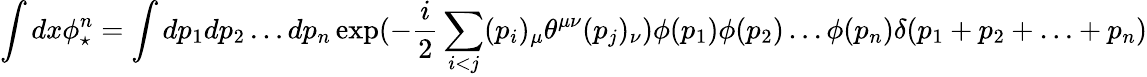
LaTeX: \int dx\phi_{\star}^{n}=\int dp_{1}dp_{2}\ldots dp_{n}\exp(-\frac{i}{2}\sum_{i<j}(p_{i})_{\mu}\theta^{\mu\nu}(p_{j})_{\nu})\phi(p_{1})\phi(p_{2})\ldots\phi(p_{n})\delta(p_{1}+p_{2}+\ldots+p_{n})